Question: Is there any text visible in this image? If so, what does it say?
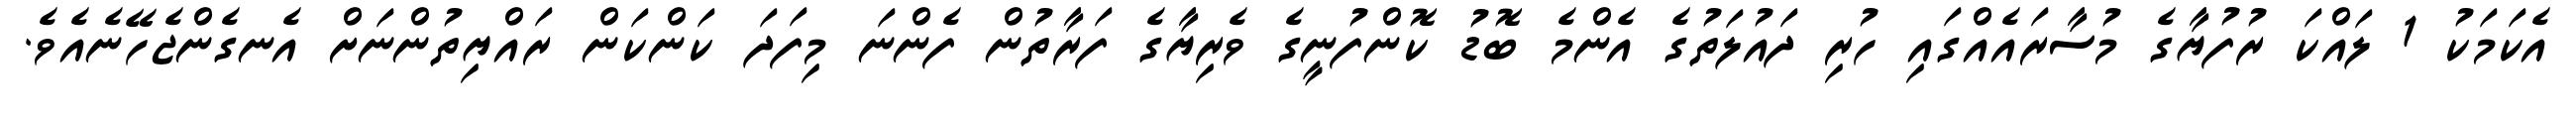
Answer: އެކަމަކު 1 ލައްކަ ރުފުޔާގެ މުސާރައެއްގައި ހުރި ދައުލަތުގެ އެންމެ ބޮޑު ކޮންފުނީގެ ވެރިޔާގެ ފަރާތުން ފެންނަ މިފަދަ ކަންކަން ރައްޔިތުންނަށް އެނގެންޖެހޭނެއެވެ.